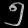
Digit: ၅